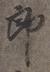
郎